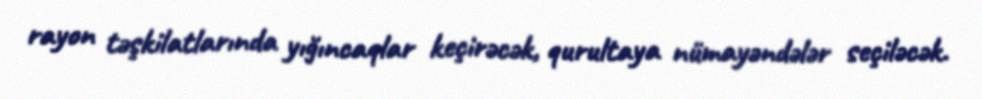
rayon təşkilatlarında yığıncaqlar keçirəcək, qurultaya nümayəndələr seçiləcək.